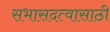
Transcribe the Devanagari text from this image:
सभासदत्वासाठी